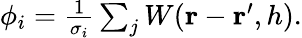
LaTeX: \begin{array}{r}{\phi_{i}=\frac{1}{\sigma_{i}}\sum_{j}W(\mathbf{r}-\mathbf{r}^{\prime},h).}\end{array}